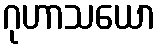
ဂုဟာသယော